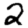
Digit: 2